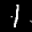
Label: 1